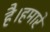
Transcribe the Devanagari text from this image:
है।हमारे